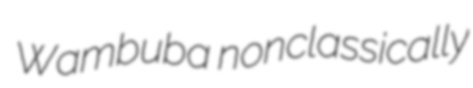
Wambuba nonclassically